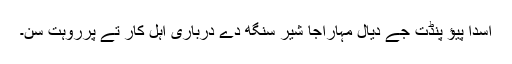
اسدا پیؤ پنڈت جےَ دیال مہاراجا شیر سنگھ دے درباری اہل کار تے پرروہت سن۔